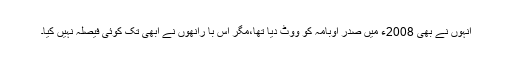
انہوں نے بھی 2008ء میں صدر اوبامہ کو ووٹ دیا تھا،مگر اس با راُنھوں نے ابھی تک کوئی فیصلہ نہیں کیا۔